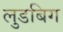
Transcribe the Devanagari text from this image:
लुडबिग